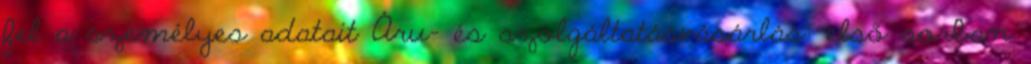
fel a személyes adatait Áru- és szolgáltatásvásárlás: első sorban